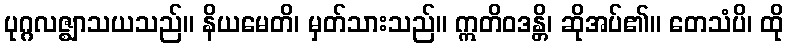
ပုဂ္ဂလဇ္ဈာသယသည်။ နိယမေတိ၊ မှတ်သားသည်။ ဣတိဝဒန္တိ၊ ဆိုအပ်၏။ တေသံပိ၊ ထို